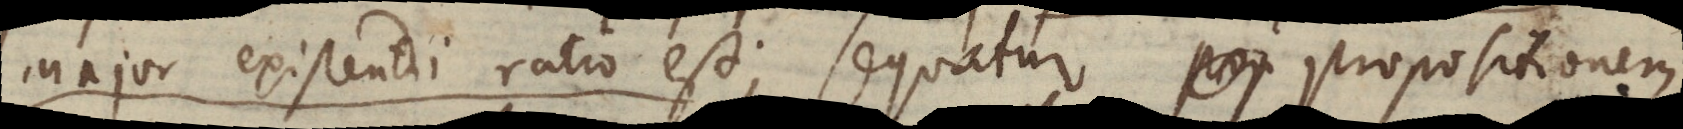
major existendi ratio est; sequatur propositionem